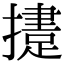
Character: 𢶝